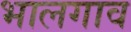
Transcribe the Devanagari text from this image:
भालगाव